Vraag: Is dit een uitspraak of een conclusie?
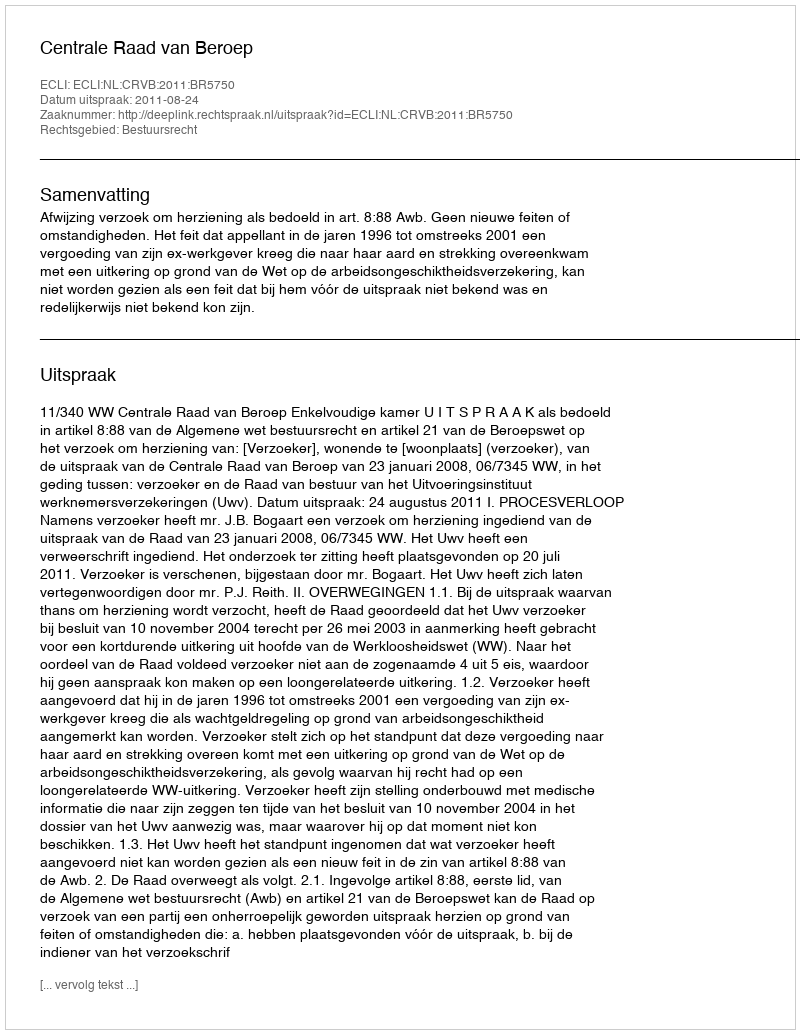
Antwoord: Uitspraak